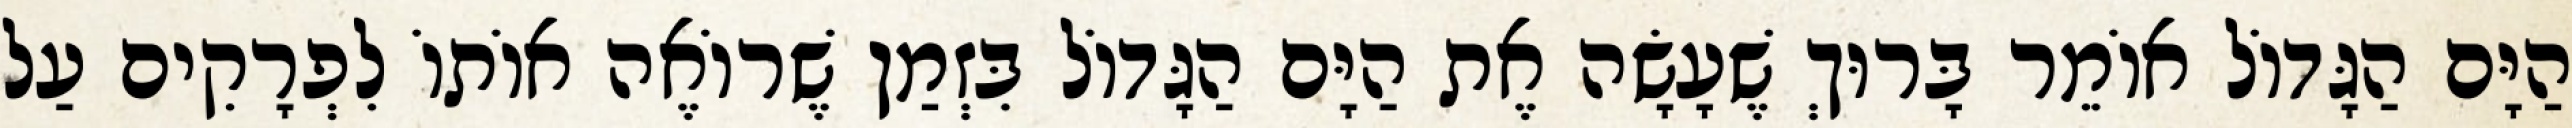
הַיָּם הַגָּדוֹל אוֹמֵר בָּרוּךְ שֶׁעָשָׂה אֶת הַיָּם הַגָּדוֹל בִּזְמַן שֶׁרוֹאֶה אוֹתוֹ לִפְרָקִים עַל